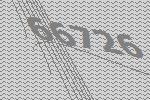
66726